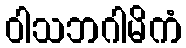
ဝါသဘဂါမိကံ